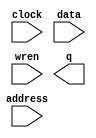
module ram_xx (
	address,
	clock,
	data,
	wren,
	q);

	input	[8:0]  address;
	input	  clock;
	input	[6:0]  data;
	input	  wren;
	output	[6:0]  q;
`ifndef ALTERA_RESERVED_QIS
// synopsys translate_off
`endif
	tri1	  clock;
`ifndef ALTERA_RESERVED_QIS
// synopsys translate_on
`endif

endmodule